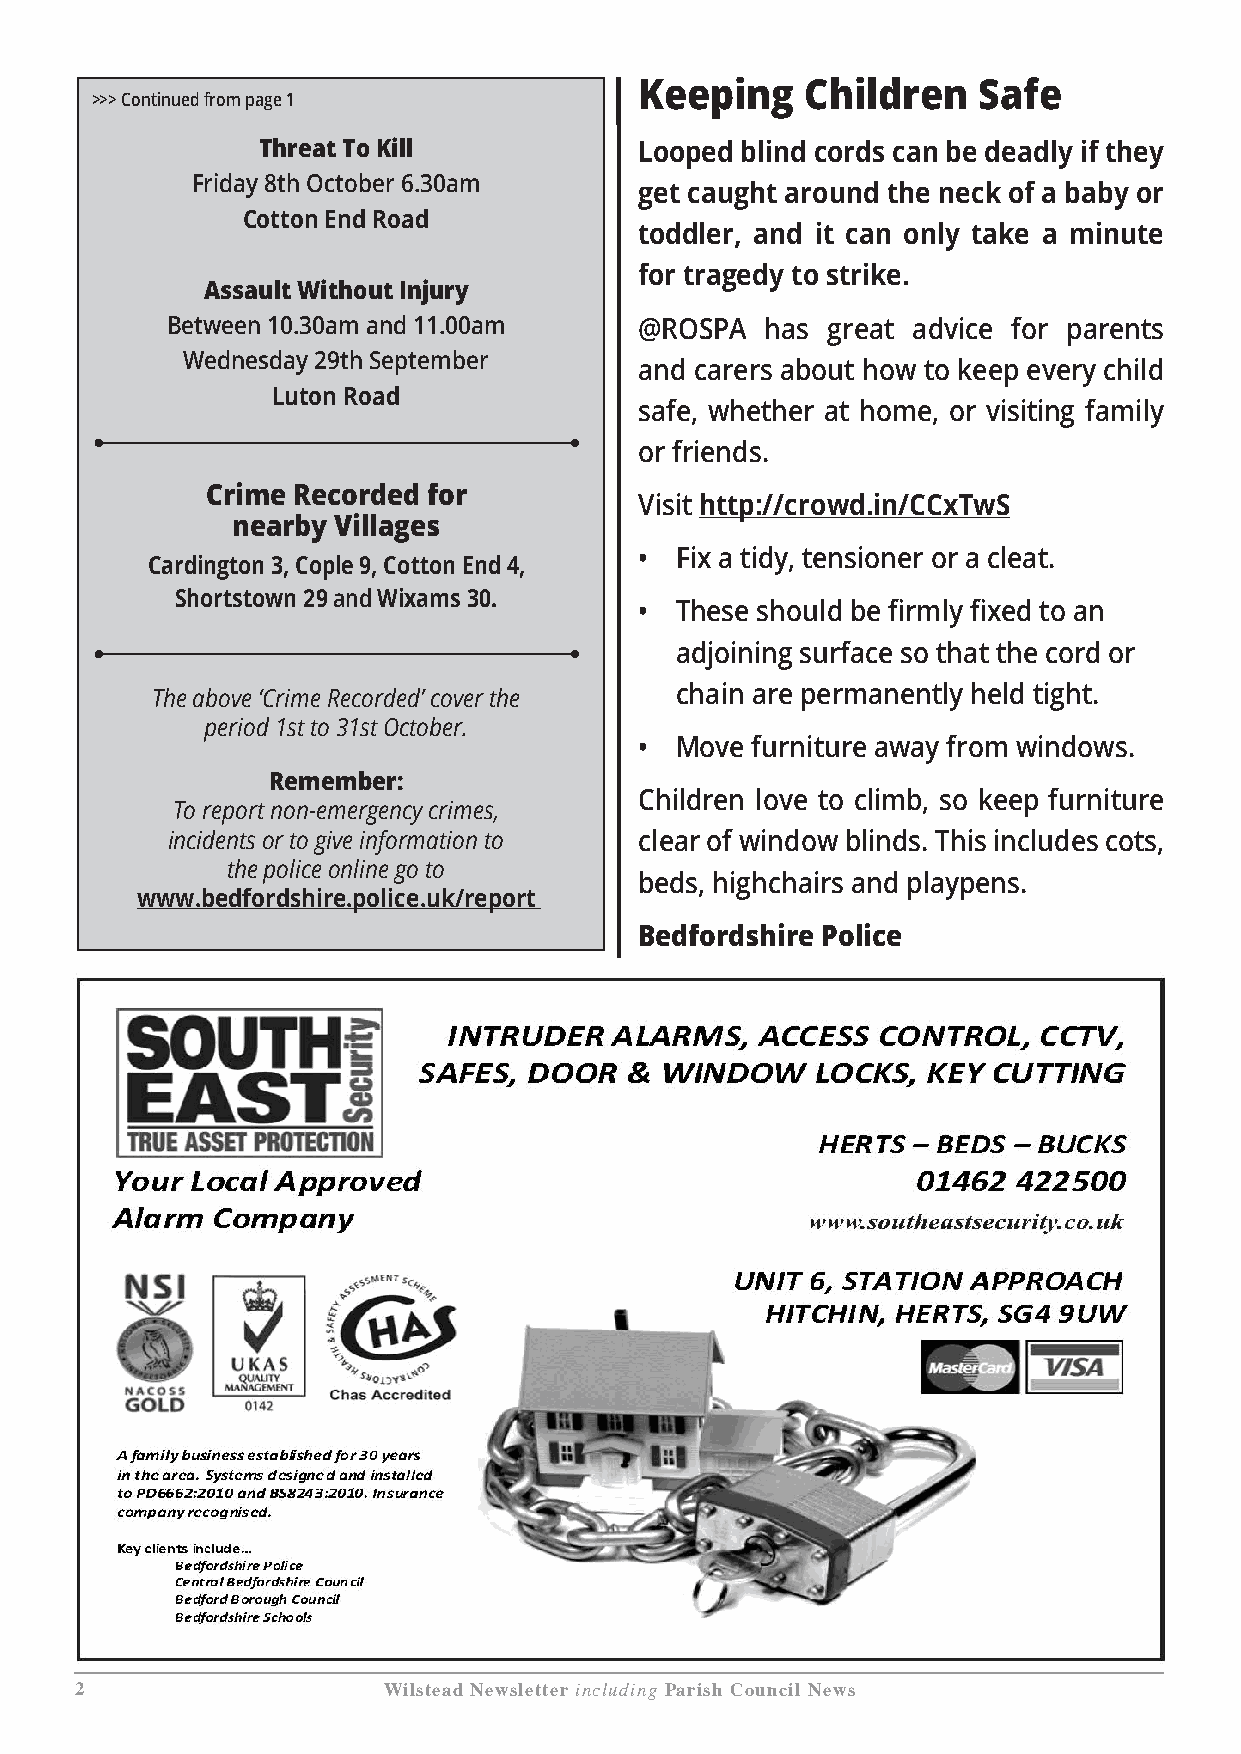
Keeping    Children    Safe
 >>> Continued from page 1
 Threat To Kill           Looped blind cords can be deadly if they
 Friday 8th October 6.30am
 get caught around the neck of a baby or
 Cotton End Road
 toddler, and it can only take a minute
 for tragedy to strike.
 Assault Without Injury
 Between 10.30am and 11.00am    @ROSPA   has great advice for parents
 Wednesday 29th September
 and carers about how to keep every child
 Luton Road
 safe, whether at home, or visiting family
 or friends.
 Crime Recorded for
 Visit http://crowd.in/CCxTwS
 nearby Villages
 •  Fix a tidy, tensioner or a cleat.
 Cardington 3, Cople 9, Cotton End 4,
 Shortstown 29 and Wixams 30.
 •  These should be firmly fixed to an
 adjoining surface so that the cord or
 The above ‘Crime Recorded’ cover the chain are permanently held tight.
 period 1st to 31st October.
 •  Move furniture away from windows.
 Remember:
 Children love to climb, so keep furniture
 To report non-emergency crimes,
 incidents or to give information to clear of window blinds. This includes cots,
 the police online go to
 beds, highchairs and playpens.
 www.bedfordshire.police.uk/report
 Bedfordshire Police
 2                   Wilstead Newsletter including Parish Council News